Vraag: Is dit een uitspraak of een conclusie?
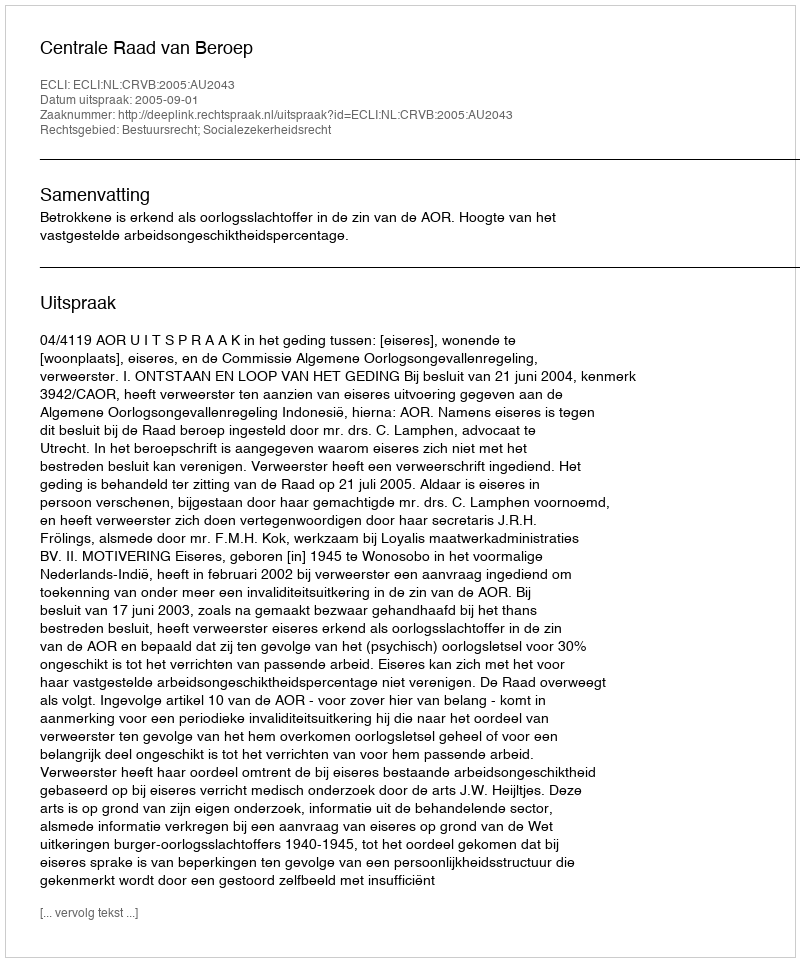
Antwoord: Uitspraak